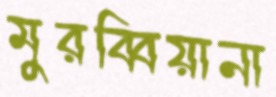
মুরব্বিয়ানা